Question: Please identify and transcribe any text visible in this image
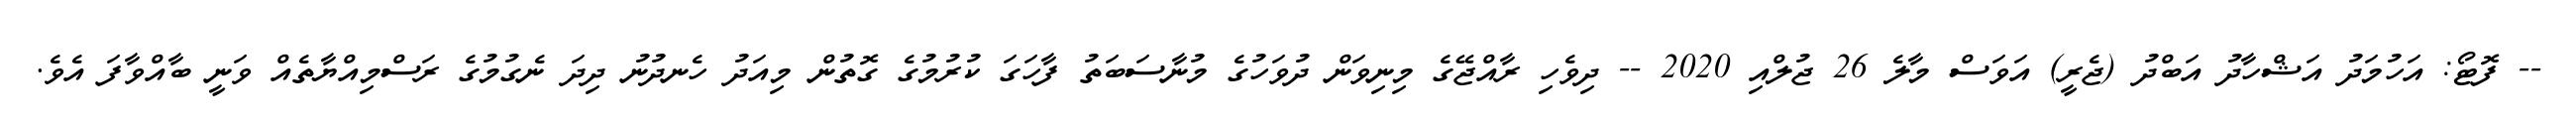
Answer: -- ފޮޓޯ: އަހުމަދު އަޝްހާދު އަބްދު (ޖެރީ) އަވަސް މާލެ 26 ޖުލްއި 2020 -- ދިވެހި ރާއްޖޭގެ މިނިވަން ދުވަހުގެ މުނާސަބަތު ފާހަގަ ކުރުމުގެ ގޮތުން މިއަދު ހެނދުނު ދިދަ ނެގުމުގެ ރަސްމިއްޔާތެއް ވަނީ ބާއްވާފަ އެވެ.